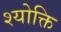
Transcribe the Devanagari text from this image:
श्योक्ति